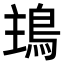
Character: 𩿢